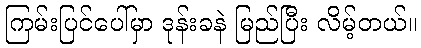
ကြမ်းပြင်ပေါ်မှာ ဒုန်းခနဲ မြည်ပြီး လိမ့်တယ်။